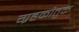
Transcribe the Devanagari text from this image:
ग्रहकौतुक